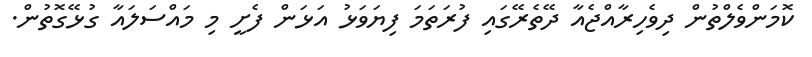
ކޮމަންވެލްތުން ދިވެހިރާއްޖެއާ ދޭތެރޭގައި ފުރަތަމަ ފިޔަވަޅު އަޅަން ފެށީ މި މައްސަލައާ ގުޅޭގޮތުން.